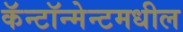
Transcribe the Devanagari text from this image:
कॅन्टॉन्मेन्टमधील